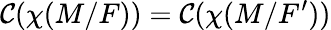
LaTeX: \mathcal{C}(\chi(M/F))=\mathcal{C}(\chi(M/F^{\prime}))